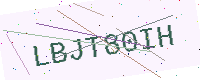
Text: LBJT80IH